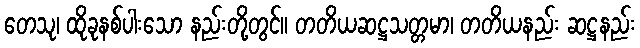
တေသု၊ ထိုခုနစ်ပါးသော နည်းတို့တွင်။ တတိယဆဋ္ဌသတ္တမာ၊ တတိယနည်း ဆဋ္ဌနည်း